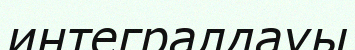
интегралдауы